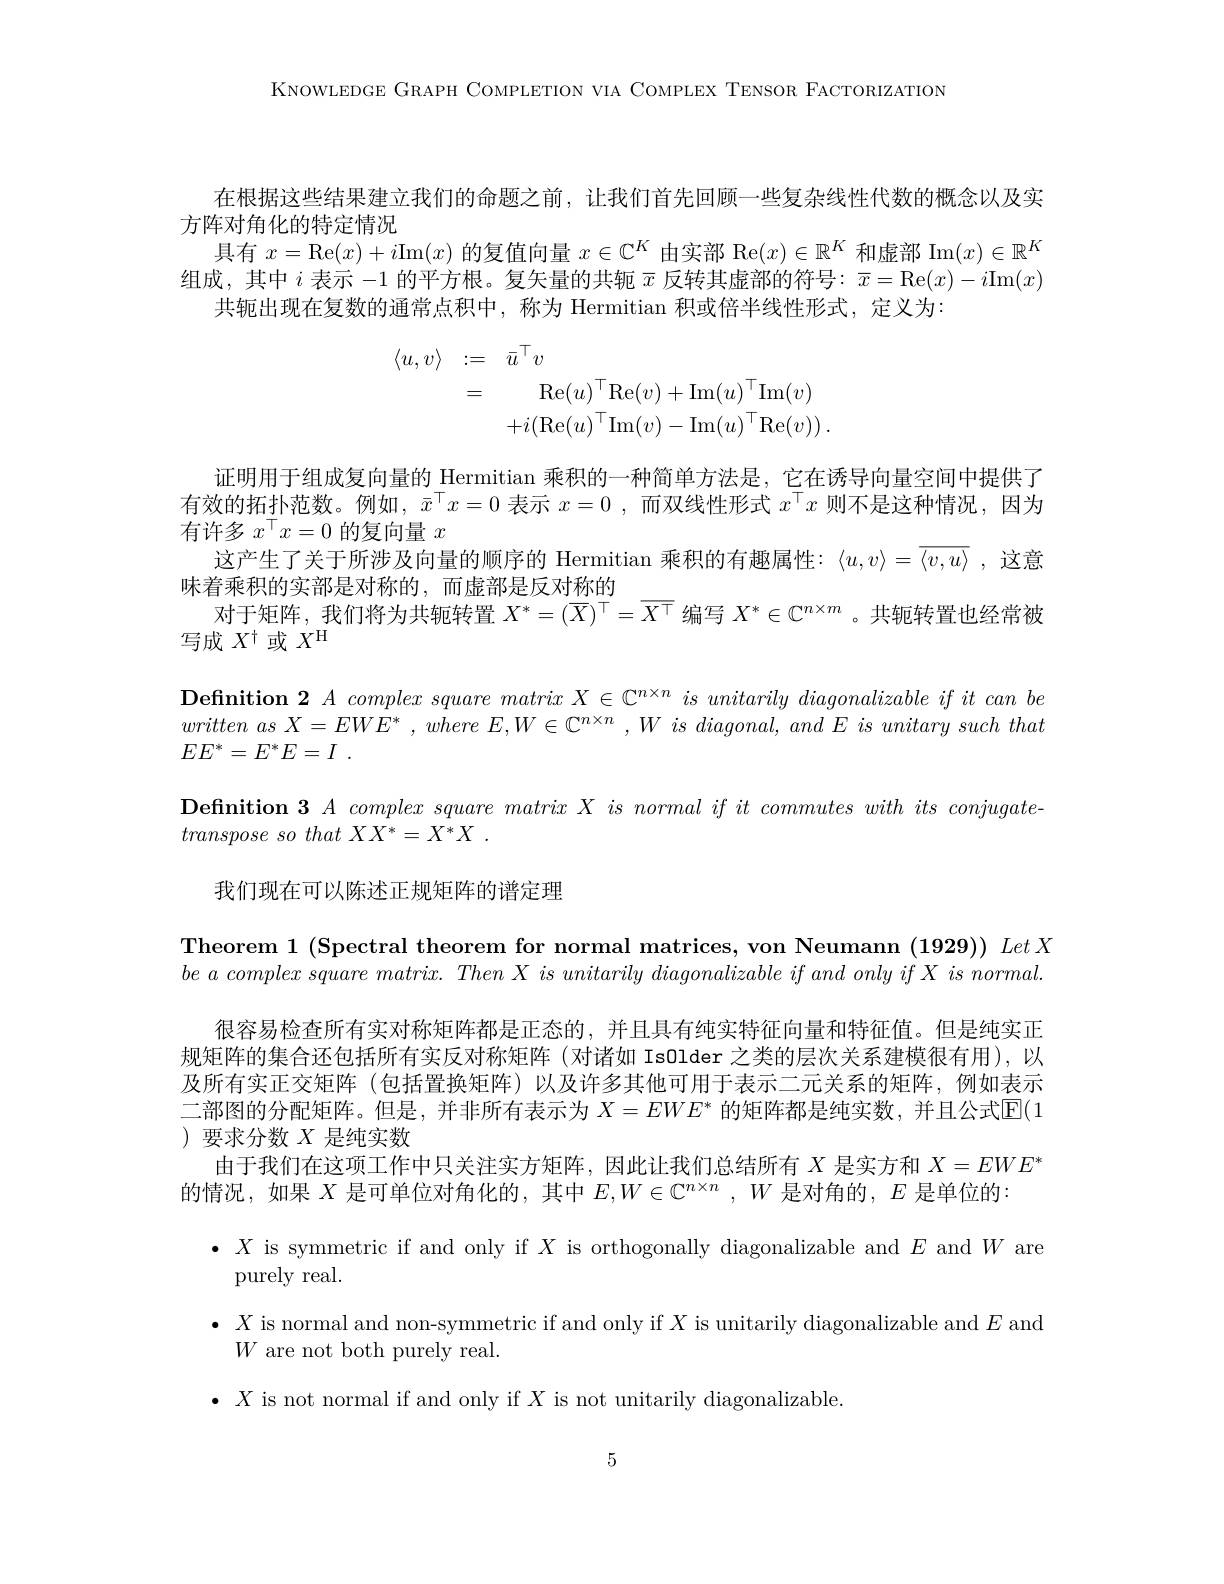
KNOWLEDGE GRAPH COMPLETION VIA COMPLEX TENSOR FACTORIZATION

在根据这些结果建立我们的命题之前，让我们首先回顾一些复杂线性代数的概念以及实
方阵对角化的特定情况
具有$x=$Re$(x)+i$Im$(x)$的复值向量$x\in\mathbb{C}^K$由实部 Re$(x)\in\mathbb{R}^K$和虚部 Im$(x)\in\mathbb{R}^K$ 组成，其中$i$表示-1的平方根。复矢量的共轭$\overline x$反转其虚部的符号：$\overline{x}=$Re$(x)-i$Im$(x)$
共轭出现在复数的通常点积中，称为 Hermitian 积或倍半线性形式，定义为：
$$\begin{aligned}\langle u,v\rangle&:=\quad\bar{u}^{\top}v\\&=\quad\mathrm{Re}(u)^{\top}\mathrm{Re}(v)+\mathrm{Im}(u)^{\top}\mathrm{Im}(v)\\&+i(\mathrm{Re}(u)^{\top}\mathrm{Im}(v)-\mathrm{Im}(u)^{\top}\mathrm{Re}(v))\:.\end{aligned}$$
证明用于组成复向量的\_Hermitian 乘积的一种简单方法是，它在诱导向量空间中提供了有效的拓扑范数。例如，$\bar{x}^\top x=0$表示$x=0$,而双线性形式$x^\top x$则不是这种情况，因为有许多$x^\top x=0$的复向量$x$
这产生了关于所涉及向量的顺序的 Hermitian 乘积的有趣属性：$\langle u,v\rangle=\overline{\langle v,u\rangle}$ ,这意
味着乘积的实部是对称的，而虚部是反对称的
对于矩阵，我们将为共轭转置$X^*=(\overline{X})^\top=\overline{X^\top}$编写$X^*\in\mathbb{C}^{n\times m}$ 。共轭转置也经常被
写成$X^\dagger$或$X^\mathrm{H}$

Definition 2 $A\textit{complex square matri}xX\in \mathbb{C} ^{n\times n}$ is unitarily diagonalizable if it can be $written~as~X=EWE^*~,~where~E,W\in\mathbb{C}^{n\times n}~,W~is~diagonal,~and~E~is~unitary~such~that$ $EE^* = E^* E= I$ .
$\textbf{Definition 3 }A\textit{ complex square matrix X is normal if it commutes with its conjugate- }$
$transpose\textit{ so that XX}^* = X^* X$ .

我们现在可以陈述正规矩阵的谱定理

Theorem 1 (Spectral theorem for normal matrices, von Neumann (1929)) Let X

二部图的分配矩阵。但是，并非所有表示为 $X=EWE^*$ 的矩阵都是纯实数，并且公式$\mathbb{E}(1$
)要求分数$X$ 是纯实数

很容易检查所有实对称矩阵都是正态的，并且具有纯实特征向量和特征值。但是纯实正规矩阵的集合还包括所有实反对称矩阵(对诸如 IsOlder 之类的层次关系建模很有用),以及所有实正交矩阵(包括置换矩阵)以及许多其他可用于表示二元关系的矩阵，例如表示
由于我们在这项工作中只关注实方矩阵，因此让我们总结所有$X$是实方和$X=EWE^*$
的情况，如果$X$是可单位对角化的，其中$E,W\in\mathbb{C}^n\times n,W$是对角的，$E$是单位的：
$\bullet$ $X$ is symmetric if and only if $X$ is orthogonally diagonalizable and $E$ and $W$ are
purely real.
$\bullet$ $X$ is normal and non-symmetric if and only if $X$ is unitarily diagonalizable and $E$ and
$W$ are not both purely real.
$\bullet X$ is not normal if and only if $X$ is not unitarily diagonalizable

5